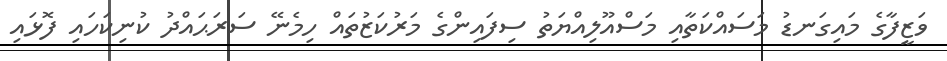
ވަޒީފާގެ މައިގަނޑު މަސައްކަތާއި މަސްއޫލިއްޔަތު ސިފައިންގެ މަރުކަޒުތައް ހިމެނޭ ސަރަޙައްދު ކުނިކަހައި ފޮޅައި